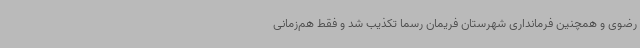
رضوی و همچنین فرمانداری شهرستان فریمان رسما تکذیب شد و فقط هم‌زمانی